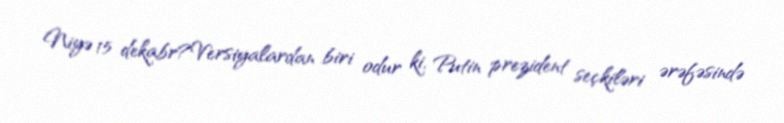
Niyə 15 dekabr?Versiyalardan biri odur ki, Putin prezident seçkiləri ərəfəsində